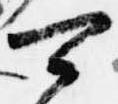
可